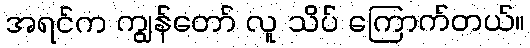
အရင်က ကျွန်တော် လူ သိပ် ကြောက်တယ်။